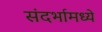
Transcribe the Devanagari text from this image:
संदर्भामध्ये